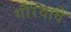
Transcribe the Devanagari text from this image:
गौरवावे